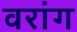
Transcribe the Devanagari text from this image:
वरांग